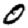
Digit: 0